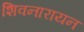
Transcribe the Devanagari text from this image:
शिवनारायन